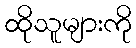
ထိုသူများကို